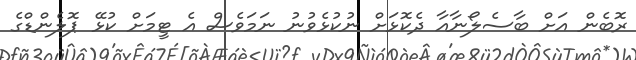
ރޮބެން އަށް ބާސެލޯނާއާ ދެކޮޅަށް ނުކުޅެވުނު ނަމަވެސް އެ ޓީމަށް ކުޅޭ ޕޮލެންޑްގެ